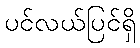
ပင်လယ်ပြင်ရှိ